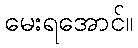
မေးရအောင်။